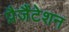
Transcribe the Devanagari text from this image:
प्रैजैंटेशन